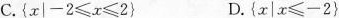
C.$$\left\{x|-2\leqslant x\leqslant 2\right\} $$D.$$\left\{x|x\leqslant -2\right\}$$